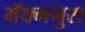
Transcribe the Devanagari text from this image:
मॅक्मनुस